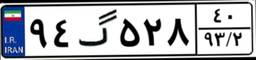
۵۷گ۰۵۳۸۳